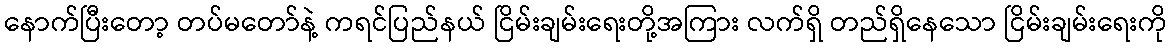
နောက်ပြီးတော့ တပ်မတော်နဲ့ ကရင်ပြည်နယ် ငြိမ်းချမ်းရေးတို့အကြား လက်ရှိ တည်ရှိနေသော ငြိမ်းချမ်းရေးကို